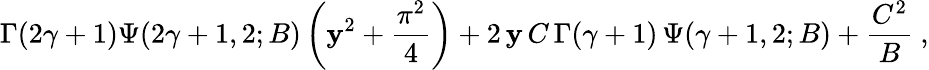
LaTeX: \Gamma(2\gamma+1)\Psi(2\gamma+1,2;B)\left(\mathbf{y}^{2}+\frac{{\pi^{2}}}{{4}}\right)+2\, \mathbf{y}\, C\, \Gamma(\gamma+1)\, \Psi(\gamma+1,2;B)+\frac{{C^{2}}}{{B}}~,